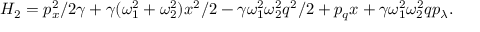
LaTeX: H _ { 2 } = p _ { x } ^ { 2 } / 2 \gamma + \gamma ( \omega _ { 1 } ^ { 2 } + \omega _ { 2 } ^ { 2 } ) x ^ { 2 } / 2 - \gamma \omega _ { 1 } ^ { 2 } \omega _ { 2 } ^ { 2 } q ^ { 2 } / 2 + p _ { q } x + \gamma \omega _ { 1 } ^ { 2 } \omega _ { 2 } ^ { 2 } q p _ { \lambda } .